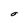
Character: O